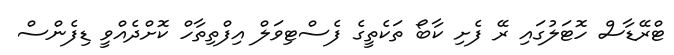
ޓްރޭޑާސް ހޮޓަލުގައި ރޭ ފެށި ކާބޯ ތަކެތީގެ ފެސްޓިވަލް އިފްތިތާހް ކޮށްދެއްވީ ޑިފެންސް